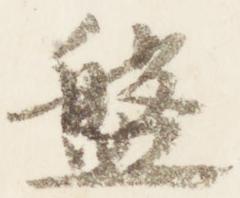
盤